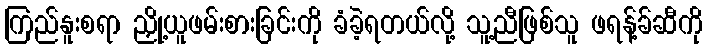
ကြည်နူးစရာ ညှို့ယူဖမ်းစားခြင်းကို ခံခဲ့ရတယ်လို့ သူ့ညီဖြစ်သူ ဖရန့်ခ်ဆီကို